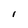
Character: l